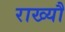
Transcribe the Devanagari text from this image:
राख्यौ